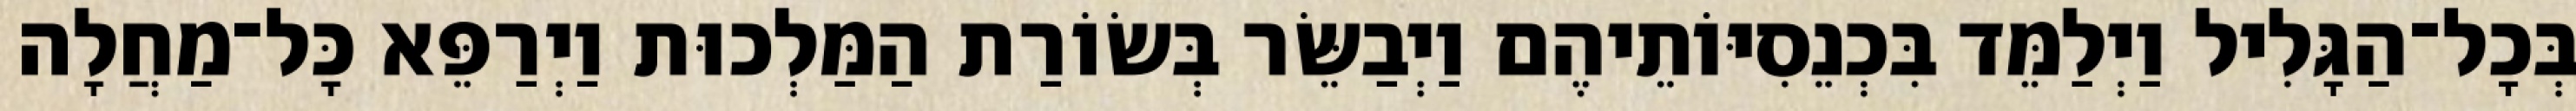
בְּכָל־הַגָּלִיל וַיְלַמֵּד בִּכְנֵסִיּוֹתֵיהֶם וַיְבַשֵּׂר בְּשׂוֹרַת הַמַּלְכוּת וַיְרַפֵּא כָּל־מַחֲלָה